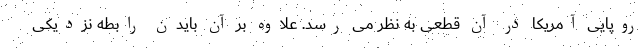
روپایی آمریکا در آن قطعی به نظر می رسد. علاوه بر آن بایدن رابطه نزدیکی